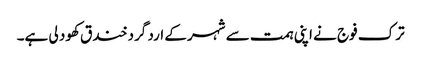
ترک فوج نے اپنی ہمت سے شہر کے ارد گرد خند ق کھود لی ہے۔